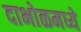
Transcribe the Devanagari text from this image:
दाभोळमध्ये